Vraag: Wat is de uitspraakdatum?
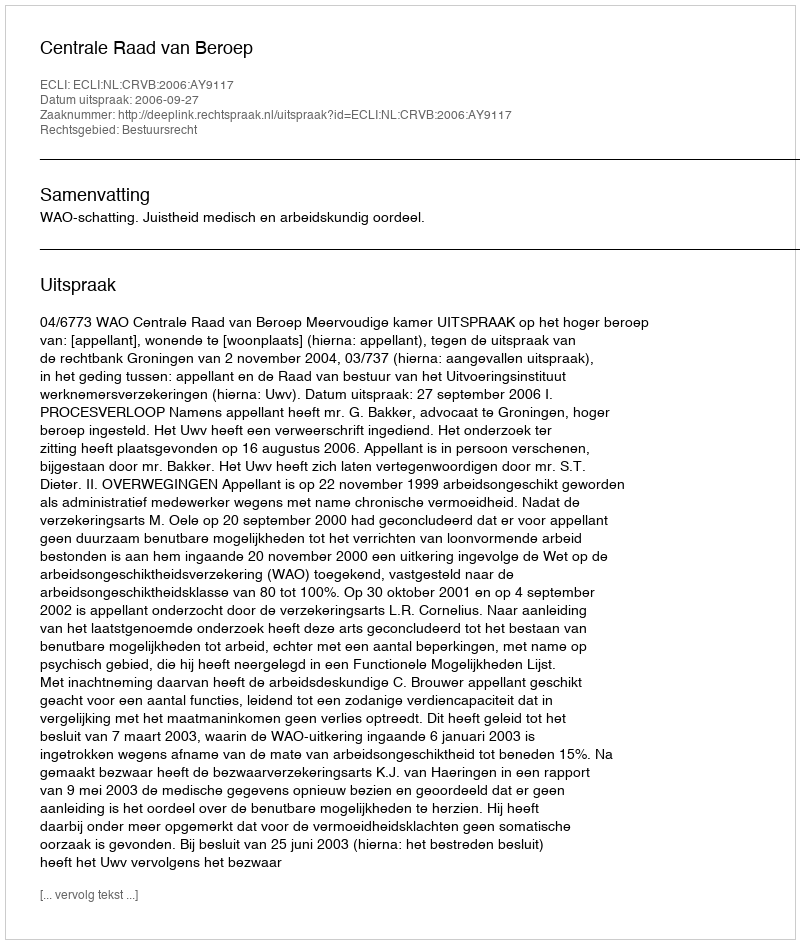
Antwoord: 2006-09-27